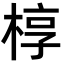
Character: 椁